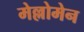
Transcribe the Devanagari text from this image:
मेल्लोमेन